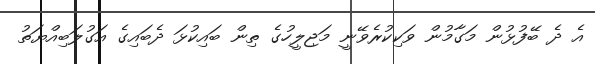
އެ ދެ ބޭފުޅުން މަގާމުން ވަކިކުރެވޭނީ މަޖިލީހުގެ ތިން ބައިކުޅަ ދެބައިގެ އަގުލަބިއްޔަތު